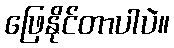
ဖြေနိုင်တာပါပဲ။